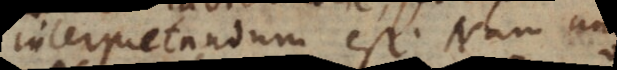
interpretandum est. Nam uni